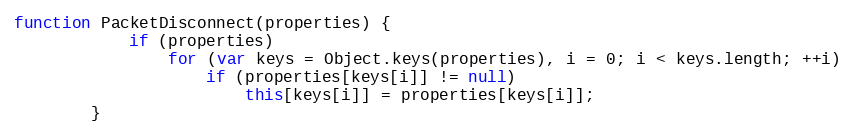
Language: JavaScript
function PacketDisconnect(properties) {
			if (properties)
				for (var keys = Object.keys(properties), i = 0; i < keys.length; ++i)
					if (properties[keys[i]] != null)
						this[keys[i]] = properties[keys[i]];
		}